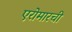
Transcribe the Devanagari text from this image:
एरोमारची